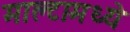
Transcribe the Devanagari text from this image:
माल्टामध्ये